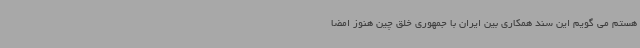
هستم می گویم این سند همکاری بین ایران با جمهوری خلق چین هنوز امضا